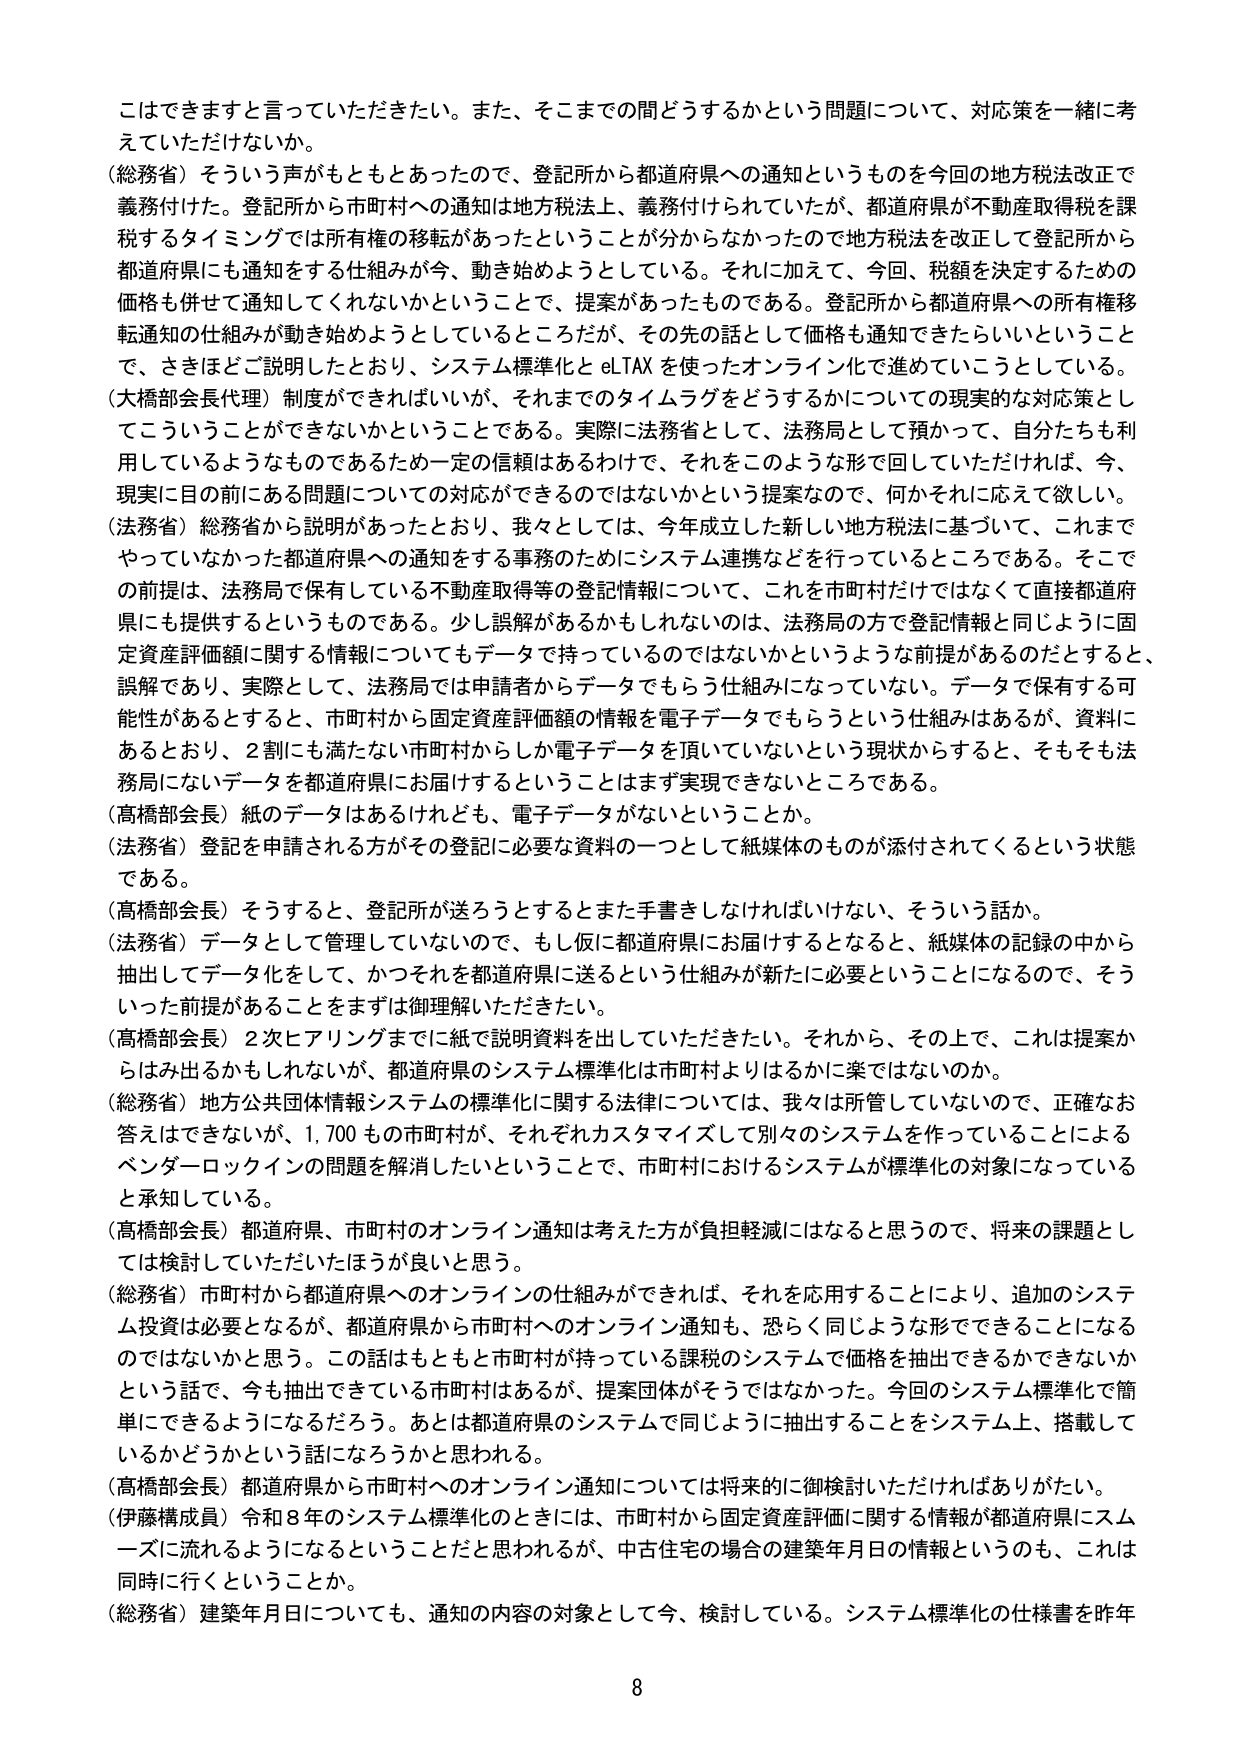
こはできますと言っていただきたい。また、そこまでの間どうするかという問題について、対応策を一緒に考えていただけないか。

（総務省）そういう声がもともとあったので、登記所から都道府県への通知というものを今回の地方税法改正で義務付けた。登記所から市町村への通知は地方税法上、義務付けられていたが、都道府県が不動産取得税を課税するタイミングでは所有権の移転があったということが分からなかったので地方税法を改正して登記所から都道府県にも通知をする仕組みが今、動き始めようとしている。それに加えて、今回、税額を決定するための価格も併せて通知してくれないかということで、提案があったものである。登記所から都道府県への所有権移転通知の仕組みが動き始めようとしているところだが、その先の話として価格も通知できたらいいということで、さきほどご説明したとおり、システム標準化と eLTAX を使ったオンライン化で進めていることとしている。

（大橋部会長代理）制度ができればいいが、それまでのタイムラグをどうするかについての現実的な対応策としてこういうことができないかということである。実際に法務省として、法務局として預かって、自分たちも利用しているようなものであるため一定の信頼はあるわけで、それをこのような形で回していただければ、今、現実に目の前にある問題についての対応ができるのではないかという提案なので、何かそれに応えて欲しい。

（法務省）総務省から説明があったとおり、我々としては、今年成立した新しい地方税法に基づいて、これまでやっていなかった都道府県への通知をする事務のためにシステム連携などを行っているところである。そこでの前提は、法務局で保有している不動産取得等の登記情報について、これを市町村だけではなくて直接都道府県にも提供するというものである。少し誤解があるかもしれないのは、法務局の方で登記情報と同じように固定資産評価額に関する情報についてもデータで持っているのではないかというような前提があるのだとすると、誤解であり、実際として、法務局では申請者からデータでもらう仕組みになっていない。データで保有する可能性があるとすると、市町村から固定資産評価額の情報を電子データでもらうという仕組みはあるが、資料にあるとおり、2割にも満たない市町村からしか電子データを頂いていないという現状からすると、そもそも法務局にないデータを都道府県にお届けすることはまず実現できないところである。

（高橋部会長）紙のデータはあるけれども、電子データがないということか。

（法務省）登記を申請される方がその登記に必要な資料の一つとして紙媒体のものが添付されてくるという状態である。

（高橋部会長）そうすると、登記所が送ろうとするとまた手書きしなければいけない、そういう話か。

（法務省）データとして管理していないので、もし仮に都道府県にお届けするとなると、紙媒体の記録の中から抽出してデータ化をして、かつそれを都道府県に送るという仕組みが新たに必要ということになるので、そういった前提があることをまずは御理解いただきたい。

（高橋部会長）2次ヒアリングまでに紙で説明資料を出していただきたい。それから、その上で、これは提案からはみ出るかもしれないが、都道府県のシステム標準化は市町村よりはるかに楽ではないのか。

（総務省）地方公共団体情報システムの標準化に関する法律については、我々は所管していないので、正確なお答えはできないが、1,700もの市町村が、それぞれカスタマイズして別々のシステムを作っていることによるベンダーロックインの問題を解消したいということで、市町村におけるシステムが標準化の対象になっていると承知している。

（高橋部会長）都道府県、市町村のオンライン通知は考えた方が負担軽減にはなると思うので、将来の課題としては検討していただけたほうが良いと思う。

（総務省）市町村から都道府県へのオンラインの仕組みができれば、それを応用することにより、追加のシステム投資は必要となるが、都道府県から市町村へのオンライン通知も、恐らく同じような形でできることになるのではないかと思う。この話はもともと市町村が持っている課税のシステムで価格を抽出できるかできないかという話で、今も抽出できている市町村はあるが、提案団体がそうではなかった。今回のシステム標準化で簡単にできるようになるだろう。あとは都道府県のシステムで同じように抽出することをシステム上、搭載しているかどうかという話になろうかと思われる。

（高橋部会長）都道府県から市町村へのオンライン通知については将来的に御検討いただければありがたい。

（伊藤構成員）令和8年のシステム標準化のときには、市町村から固定資産評価に関する情報が都道府県にスムーズに流れるようになるということだと思われるが、中古住宅の場合の建築年月日の情報というのも、これは同時に行くということか。

（総務省）建築年月日についても、通知の内容の対象として今、検討している。システム標準化の仕様書を昨年

8